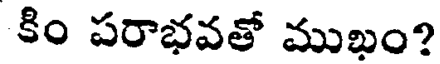
కిం పరాభవతో ముఖం?